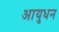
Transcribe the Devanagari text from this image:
आयुधन